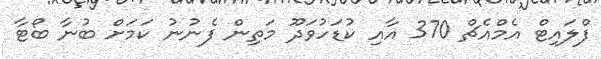
ފްލައިޓް އެމްއެޗް 370 އާއި ކުޑަހުވަދޫ މަތިން ފެނުނު ކަމަށް ބުނާ ބޯޓާ